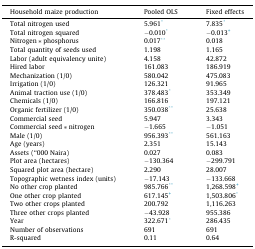
<table><thead><tr><td><b>Household maize production</b></td><td><b>Pooled OLS</b></td><td><b>Fixed effects</b></td></tr></thead><tbody><tr><td>Total nitrogen used</td><td>5.961⁎</td><td>7.835⁎</td></tr><tr><td>Total nitrogen squared</td><td>−0.010⁎</td><td>−0.013+</td></tr><tr><td>Nitrogen ∗ phosphorus</td><td>0.017⁎⁎</td><td>0.018</td></tr><tr><td>Total quantity of seeds used</td><td>1.198</td><td>1.165</td></tr><tr><td>Labor (adult equivalency unite)</td><td>4.158</td><td>42.872</td></tr><tr><td>Hired labor</td><td>161.083</td><td>186.919</td></tr><tr><td>Mechanization (1/0)</td><td>580.042</td><td>475.083</td></tr><tr><td>Irrigation (1/0)</td><td>126.321</td><td>91.965</td></tr><tr><td>Animal traction use (1/0)</td><td>378.483⁎</td><td>353.349</td></tr><tr><td>Chemicals (1/0)</td><td>166.816</td><td>197.121</td></tr><tr><td>Organic fertilizer (1/0)</td><td>350.038⁎⁎</td><td>25.638</td></tr><tr><td>Commercial seed</td><td>5.947</td><td>3.343</td></tr><tr><td>Commercial seed ∗ nitrogen</td><td>−1.665</td><td>−1.051</td></tr><tr><td>Male (1/0)</td><td>956.393⁎⁎</td><td>561.163</td></tr><tr><td>Age (years)</td><td>2.351</td><td>15.143</td></tr><tr><td>Assets (“000 Naira)</td><td>0.027</td><td>0.083</td></tr><tr><td>Plot area (hectares)</td><td>−130.364</td><td>−299.791</td></tr><tr><td>Squared plot area (hectare)</td><td>2.290</td><td>28.007</td></tr><tr><td>Topographic wetness index (units)</td><td>−17.143</td><td>−133.668</td></tr><tr><td>No other crop planted</td><td>985.766⁎⁎</td><td>1,268.598+</td></tr><tr><td>One other crop planted</td><td>617.145+</td><td>1,503.806⁎</td></tr><tr><td>Two other crops planted</td><td>200.792</td><td>1,116.263</td></tr><tr><td>Three other crops planted</td><td>−43.928</td><td>955.386</td></tr><tr><td>Year</td><td>322.671⁎</td><td>286.435</td></tr><tr><td>Number of observations</td><td>691</td><td>691</td></tr><tr><td>R-squared</td><td>0.11</td><td>0.64</td></tr></tbody></table>